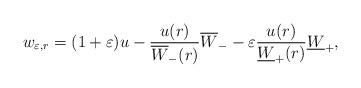
LaTeX: \begin{align*} w_{\varepsilon, r} = (1 + \varepsilon) u - \frac{u (r)}{\overline{W}_- (r)} \overline{W}_- - \varepsilon \frac{u (r)}{\underline{W}_+ (r)} \underline{W}_+,\end{align*}